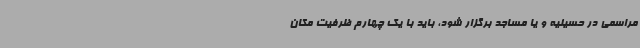
مراسمی در حسینیه و یا مساجد برگزار شود، باید با یک چهارم ظرفیت مکان